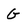
Character: G